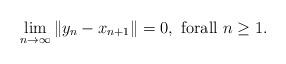
LaTeX: \begin{align*}\lim_{n\rightarrow \infty }\left\Vert y_{n}-x_{n+1}\right\Vert =0,\text{ forall }n\geq 1. \end{align*}